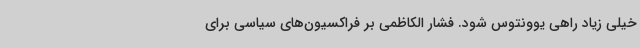
خیلی زیاد راهی یوونتوس شود. فشار الکاظمی بر فراکسیون‌های سیاسی برای